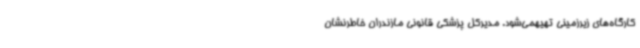
کارگاه‌های زیرزمینی تهیهمی‌شود. مدیرکل پزشکی قانونی مازندران خاطرنشان